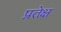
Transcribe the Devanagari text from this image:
प्रतेक्ष